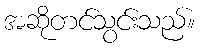
အဆိုတင်သွင်းသည်။